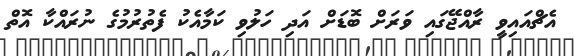
އެޗްއައިވީ ރާއްޖޭގައި ވަރަށް ބޮޑަށް އަދި ހަލުވި ކަމާއެކު ފެތުރުމުގެ ނުރައްކާ އޮތް